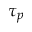
\tau _ { p }